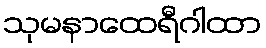
သုမနာထေရီဂါထာ